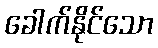
ခေါက်နိုင်သော